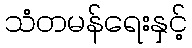
သံတမန်ရေးနှင့်